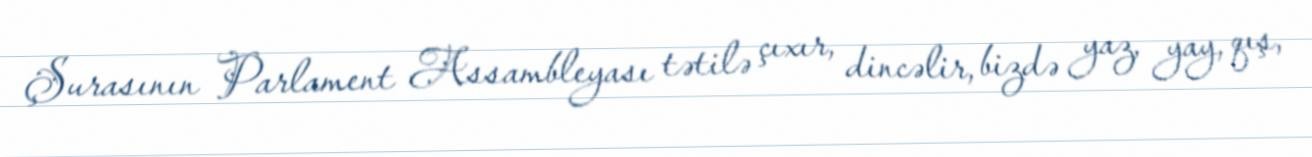
Şurasının Parlament Assambleyası tətilə çıxır, dincəlir, bizdə yaz, yay, qış,